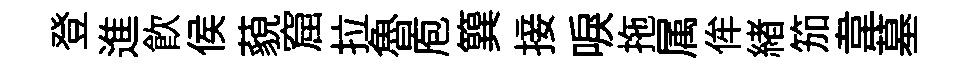
登進飮侯藐窟拉魯庖簨接唳拖属侔緖笳韋墓